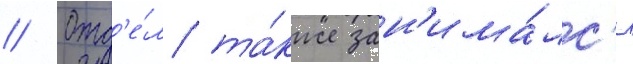
// Отд'е́л та́кже зан'има́лс'я